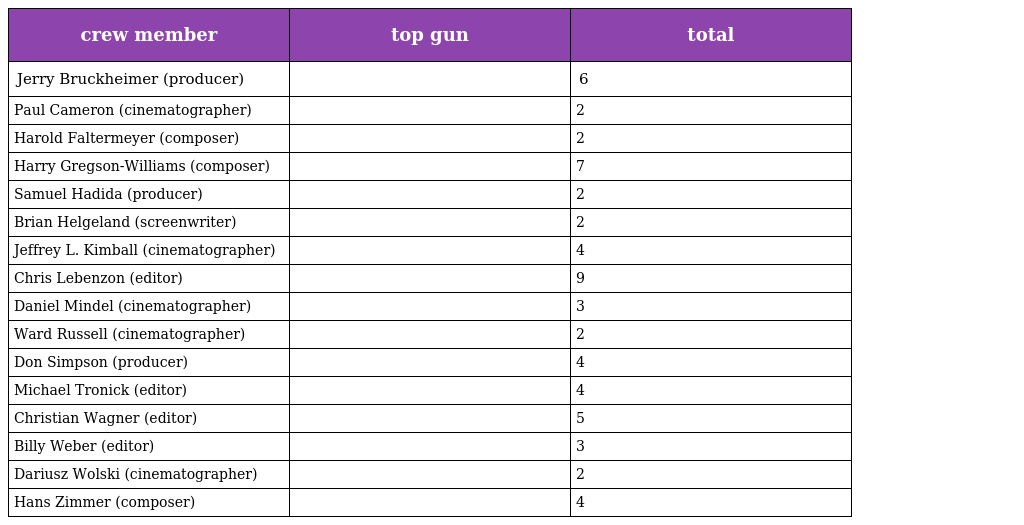
| crew member | top gun | total |
 | --- | --- | --- |
 | Jerry Bruckheimer (producer) |  | 6 |
 | Paul Cameron (cinematographer) |  | 2 |
 | Harold Faltermeyer (composer) |  | 2 |
 | Harry Gregson-Williams (composer) |  | 7 |
 | Samuel Hadida (producer) |  | 2 |
 | Brian Helgeland (screenwriter) |  | 2 |
 | Jeffrey L. Kimball (cinematographer) |  | 4 |
 | Chris Lebenzon (editor) |  | 9 |
 | Daniel Mindel (cinematographer) |  | 3 |
 | Ward Russell (cinematographer) |  | 2 |
 | Don Simpson (producer) |  | 4 |
 | Michael Tronick (editor) |  | 4 |
 | Christian Wagner (editor) |  | 5 |
 | Billy Weber (editor) |  | 3 |
 | Dariusz Wolski (cinematographer) |  | 2 |
 | Hans Zimmer (composer) |  | 4 |